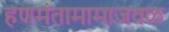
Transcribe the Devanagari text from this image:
हणमंतामामाजवळ